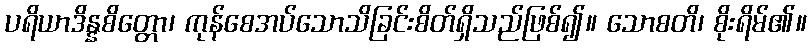
ပရိယာဒိန္နစိတ္တော၊ ကုန်စေအပ်သောသိခြင်းစိတ်ရှိသည်ဖြစ်၍။ သောစတိ၊ စိုးရိမ်၏။